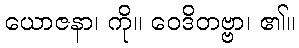
ယောဇနာ၊ ကို။ ဝေဒိတဗ္ဗာ၊ ၏။